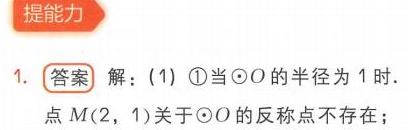
提能力
1. 答案 解：(1) \textcircled{1}当\(\odot O\) 的半径为 \(1\) 时.
点 \(M(2,1)\) 关于\(\odot O\) 的反称点不存在；